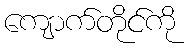
ကျောက်တိုင်ကို